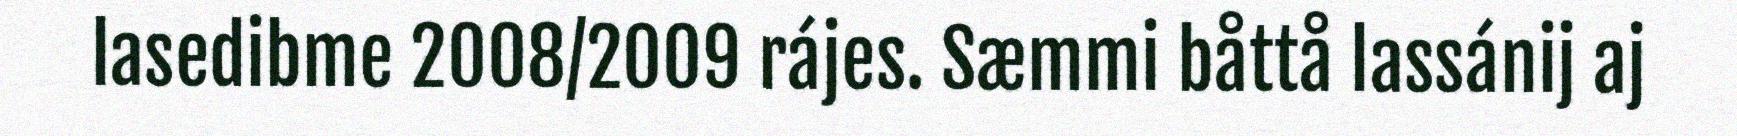
lasedibme 2008/2009 rájes. Sæmmi båttå lassánij aj